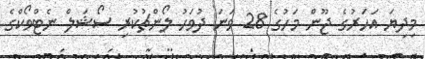
މިދިޔަ އަހަރުގެ ޖޫން މަހުގެ 28 ވަނަ ދުވަހު ލޯންޗުކުރި ސޯޝަލް ނެޓްވޯކްގެ